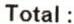
TOTAL :